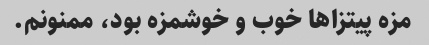
مزه پیتزاها خوب و خوشمزه بود، ممنونم.